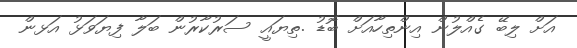
އަށް ލިބޭ ގެއްލުން އިންތިހާއަށް ބޮޑު .ތިޔައީ ސަރުކާރުން ބަލާ ފިޔަވަޅު އަޅން